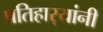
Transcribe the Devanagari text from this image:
प्रतिहार्‍यांनी